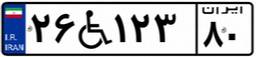
۲۶W۱۲۳۸۰